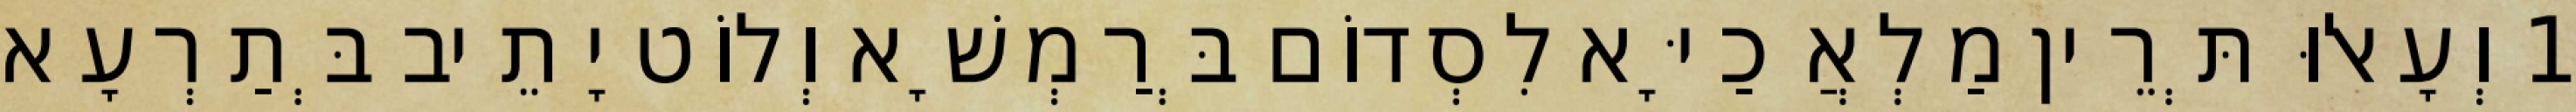
1 וְעָאלוּ תְּרֵין מַלְאֲכַיָּא לִסְדוֹם בְּרַמְשָׁא וְלוֹט יָתֵיב בְּתַרְעָא